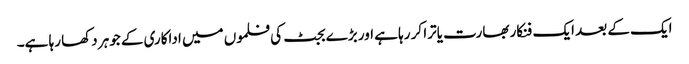
ایک کے بعد ایک فنکار بھارت یاترا کر رہا ہے اور بڑے بجٹ کی فلموں میں اداکاری کے جوہر دکھا رہا ہے۔